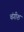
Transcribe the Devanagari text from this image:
चंगीश